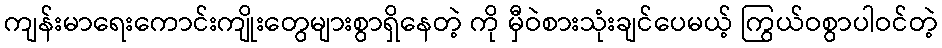
ကျန်းမာရေးကောင်းကျိုးတွေများစွာရှိနေတဲ့ ကို မှီဝဲစားသုံးချင်ပေမယ့် ကြွယ်ဝစွာပါဝင်တဲ့